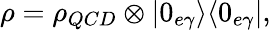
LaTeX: \rho=\rho_{QCD}\otimes|0_{e\gamma}\rangle\langle 0_{e\gamma}|,